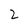
Character: 2